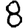
Digit: 8